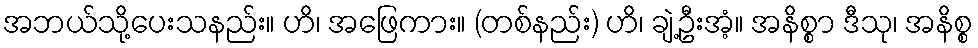
အဘယ်သို့ပေးသနည်း။ ဟိ၊ အဖြေကား။ (တစ်နည်း) ဟိ၊ ချဲ့ဦးအံ့။ အနိစ္စာ ဒီသု၊ အနိစ္စ